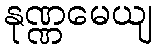
နုဏ္ဏမေယျ